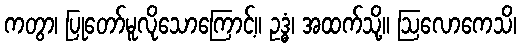
ကတွာ၊ ပြုတော်မူလိုသောကြောင့်။ ဥဒ္ဓံ၊ အထက်သို့။ ဩလောကေသိ၊